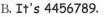
B.It's 4456789.